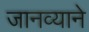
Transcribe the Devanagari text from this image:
जानव्याने